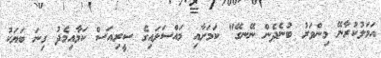
އަމަލުކުރާނޭ މިންވަރު ބުނެދެން ނޭނގޭ" ކަަމަށާއި މައްސަލައިގެ ސީރިއަސް ކަމާއިމެދު ގިނަ ބަޔަކު